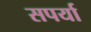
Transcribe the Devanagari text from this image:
सपर्या